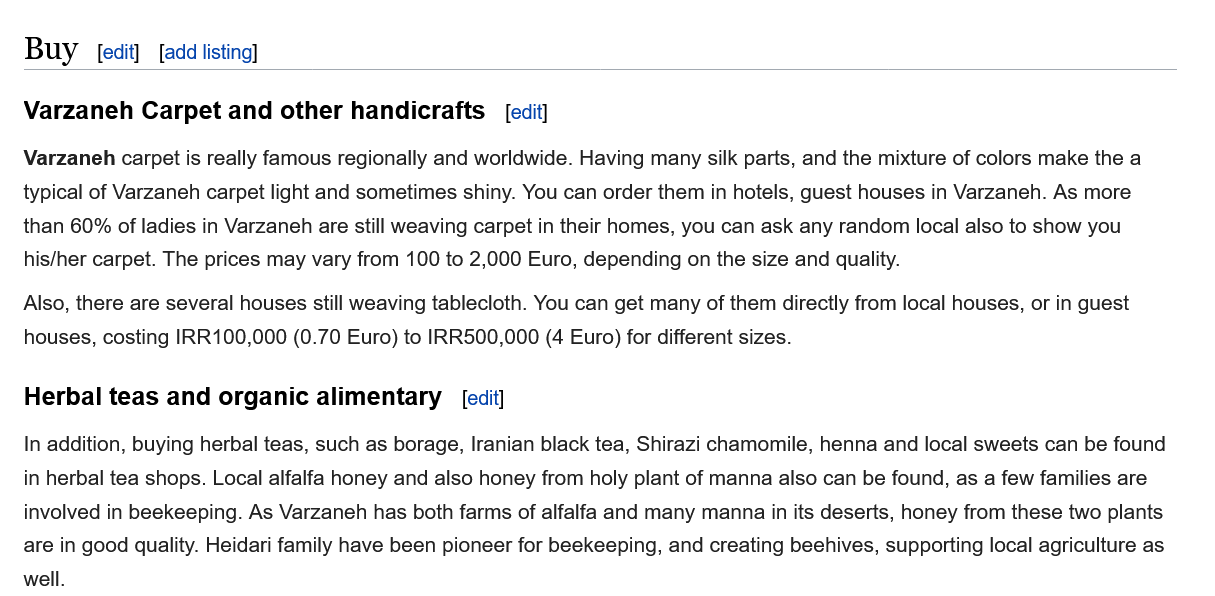
In addition, buying herbal teas, such as borage, Iranian black tea, Shirazi chamomile, henna and local sweets can be found
   in herbal tea shops. Local alfalfa honey and also honey from holy plant of manna also can be found, as a few families are
   involved in beekeeping. As Varzaneh has both farms of alfalfa and many manna in its deserts, honey from these two plants
   are in good quality. Heidari family have been pioneer for beekeeping, and creating beehives, supporting local agriculture as
   well.
   Herbal teas  and  organic  alimentary
     [edit] Varzaneh Carpet and other handicrafts
   Buy    edit] [add listing]
   Varzaneh carpet is really famous regionally and worldwide. Having many silk parts, and the mixture of colors make the a
   typical of Varzaneh carpet light and sometimes shiny. You can order them in hotels, guest houses in Varzaneh. As more
   than 60% of ladies in Varzaneh are still weaving carpet in their homes, you can ask any random local also to show you
   his/her carpet. The prices may vary from 100 to 2,000 Euro, depending on the size and quality.
   Also, there are several houses still weaving tablecloth. You can get many of them directly from local houses, or in guest
   houses, costing IRR100,000 (0.70 Euro) to IRR500,000 (4 Euro) for different sizes.
     [edit]